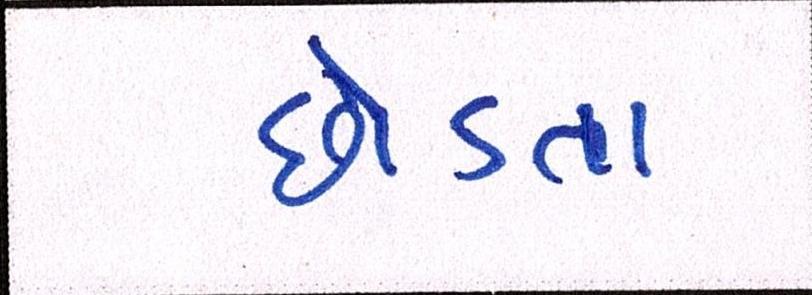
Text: છોડતા